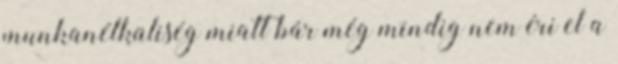
munkanélküliség miatt bár még mindig nem éri el a